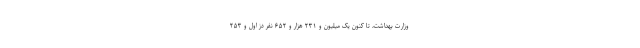
وزارت بهداشت، تا کنون یک میلیون و ۲۳۱ هزار و ۶۵۲ نفر دُز اول و ۲۵۳